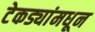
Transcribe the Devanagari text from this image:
टेकड्यांमधून